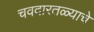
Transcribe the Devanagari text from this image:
चवदारतळ्याचे